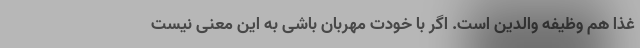
غذا هم وظیفه والدین است. اگر با خودت مهربان باشی به این معنی نیست